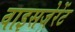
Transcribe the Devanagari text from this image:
वाइसजेरेंट